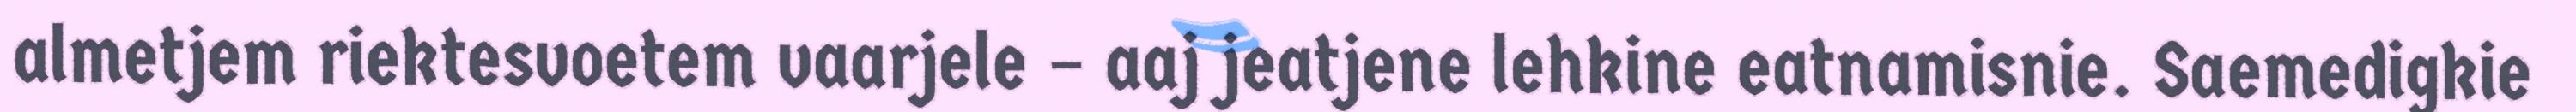
almetjem riektesvoetem vaarjele – aaj jeatjene lehkine eatnamisnie. Saemedigkie